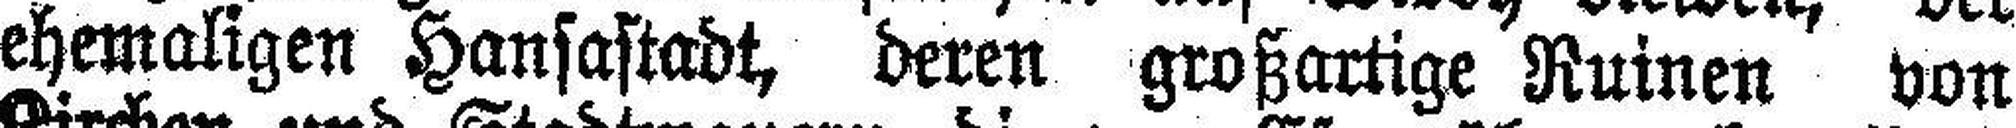
ehemaligen Hansastadt, deren großartige Ruinen von